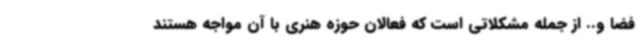
فضا و.. از جمله مشکلاتی است که فعالان حوزه هنری با آن مواجه هستند